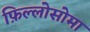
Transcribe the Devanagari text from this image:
फ़िल्लोसोमा